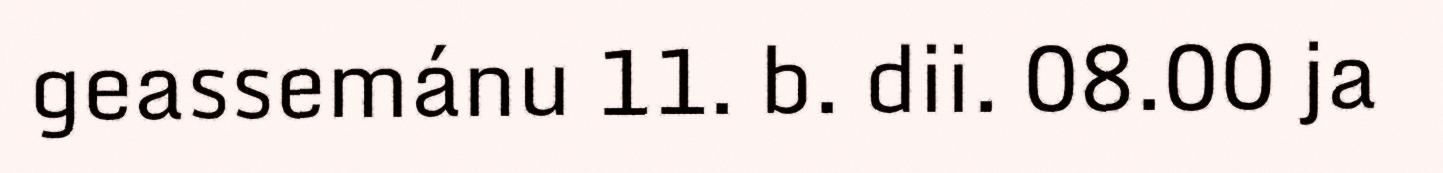
geassemánu 11. b. dii. 08.00 ja